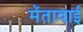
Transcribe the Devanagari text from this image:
मेंतावाई